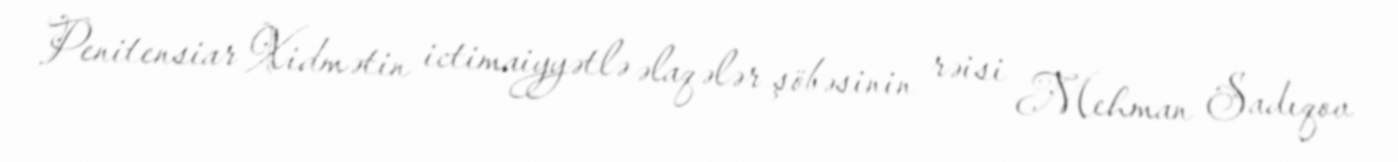
Penitensiar Xidmətin ictimaiyyətlə əlaqələr şöbəsinin rəisi Mehman Sadıqov